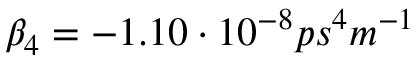
\beta _ { 4 } = - 1 . 1 0 \cdot 1 0 ^ { - 8 } p s ^ { 4 } m ^ { - 1 }